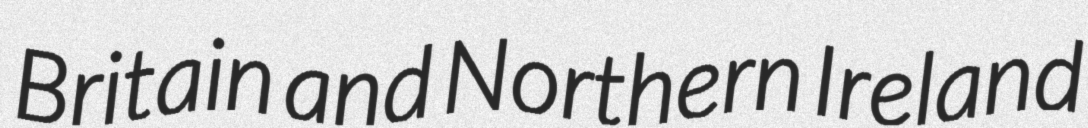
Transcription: Britain and Northern Ireland